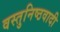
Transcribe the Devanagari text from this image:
वस्तुनिष्ठवादी